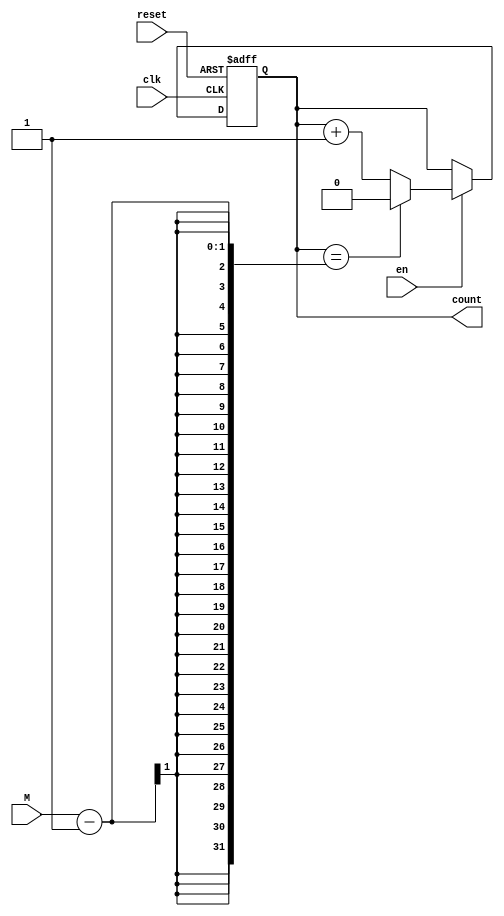
// Created by Jeevaka Dassanayake on 5/21/18.
//   Copyright (c) 2018 Jeevaka Dassanayake.

`timescale 1ns / 1ps

module ModMCounter #( parameter N = 1 )( input clk, input reset, input en, input [N-1:0] M, output [N-1:0] count );

reg [N-1:0] counter;
wire [N-1:0] next;

// State changes
always @( posedge clk, posedge reset )
begin
	if( reset )
		counter <= 0;
	else
		counter <= next;
end

// Next state logic
assign next = en ? ( counter == M - 1 ? 0 : counter + 1 ) : counter;

// Output
assign count = counter;

endmodule